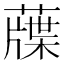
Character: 䕈